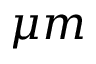
\mu m